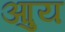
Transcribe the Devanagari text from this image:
आुय